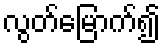
လွတ်မြောက်၍